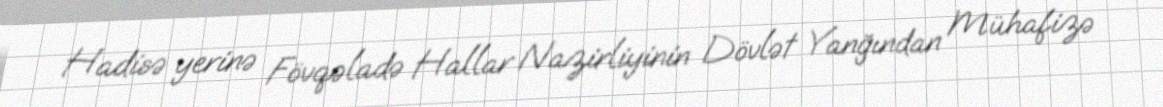
Hadisə yerinə Fövqəladə Hallar Nazirliyinin Dövlət Yanğından Mühafizə